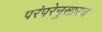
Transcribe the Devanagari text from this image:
परंपरेनुसारच